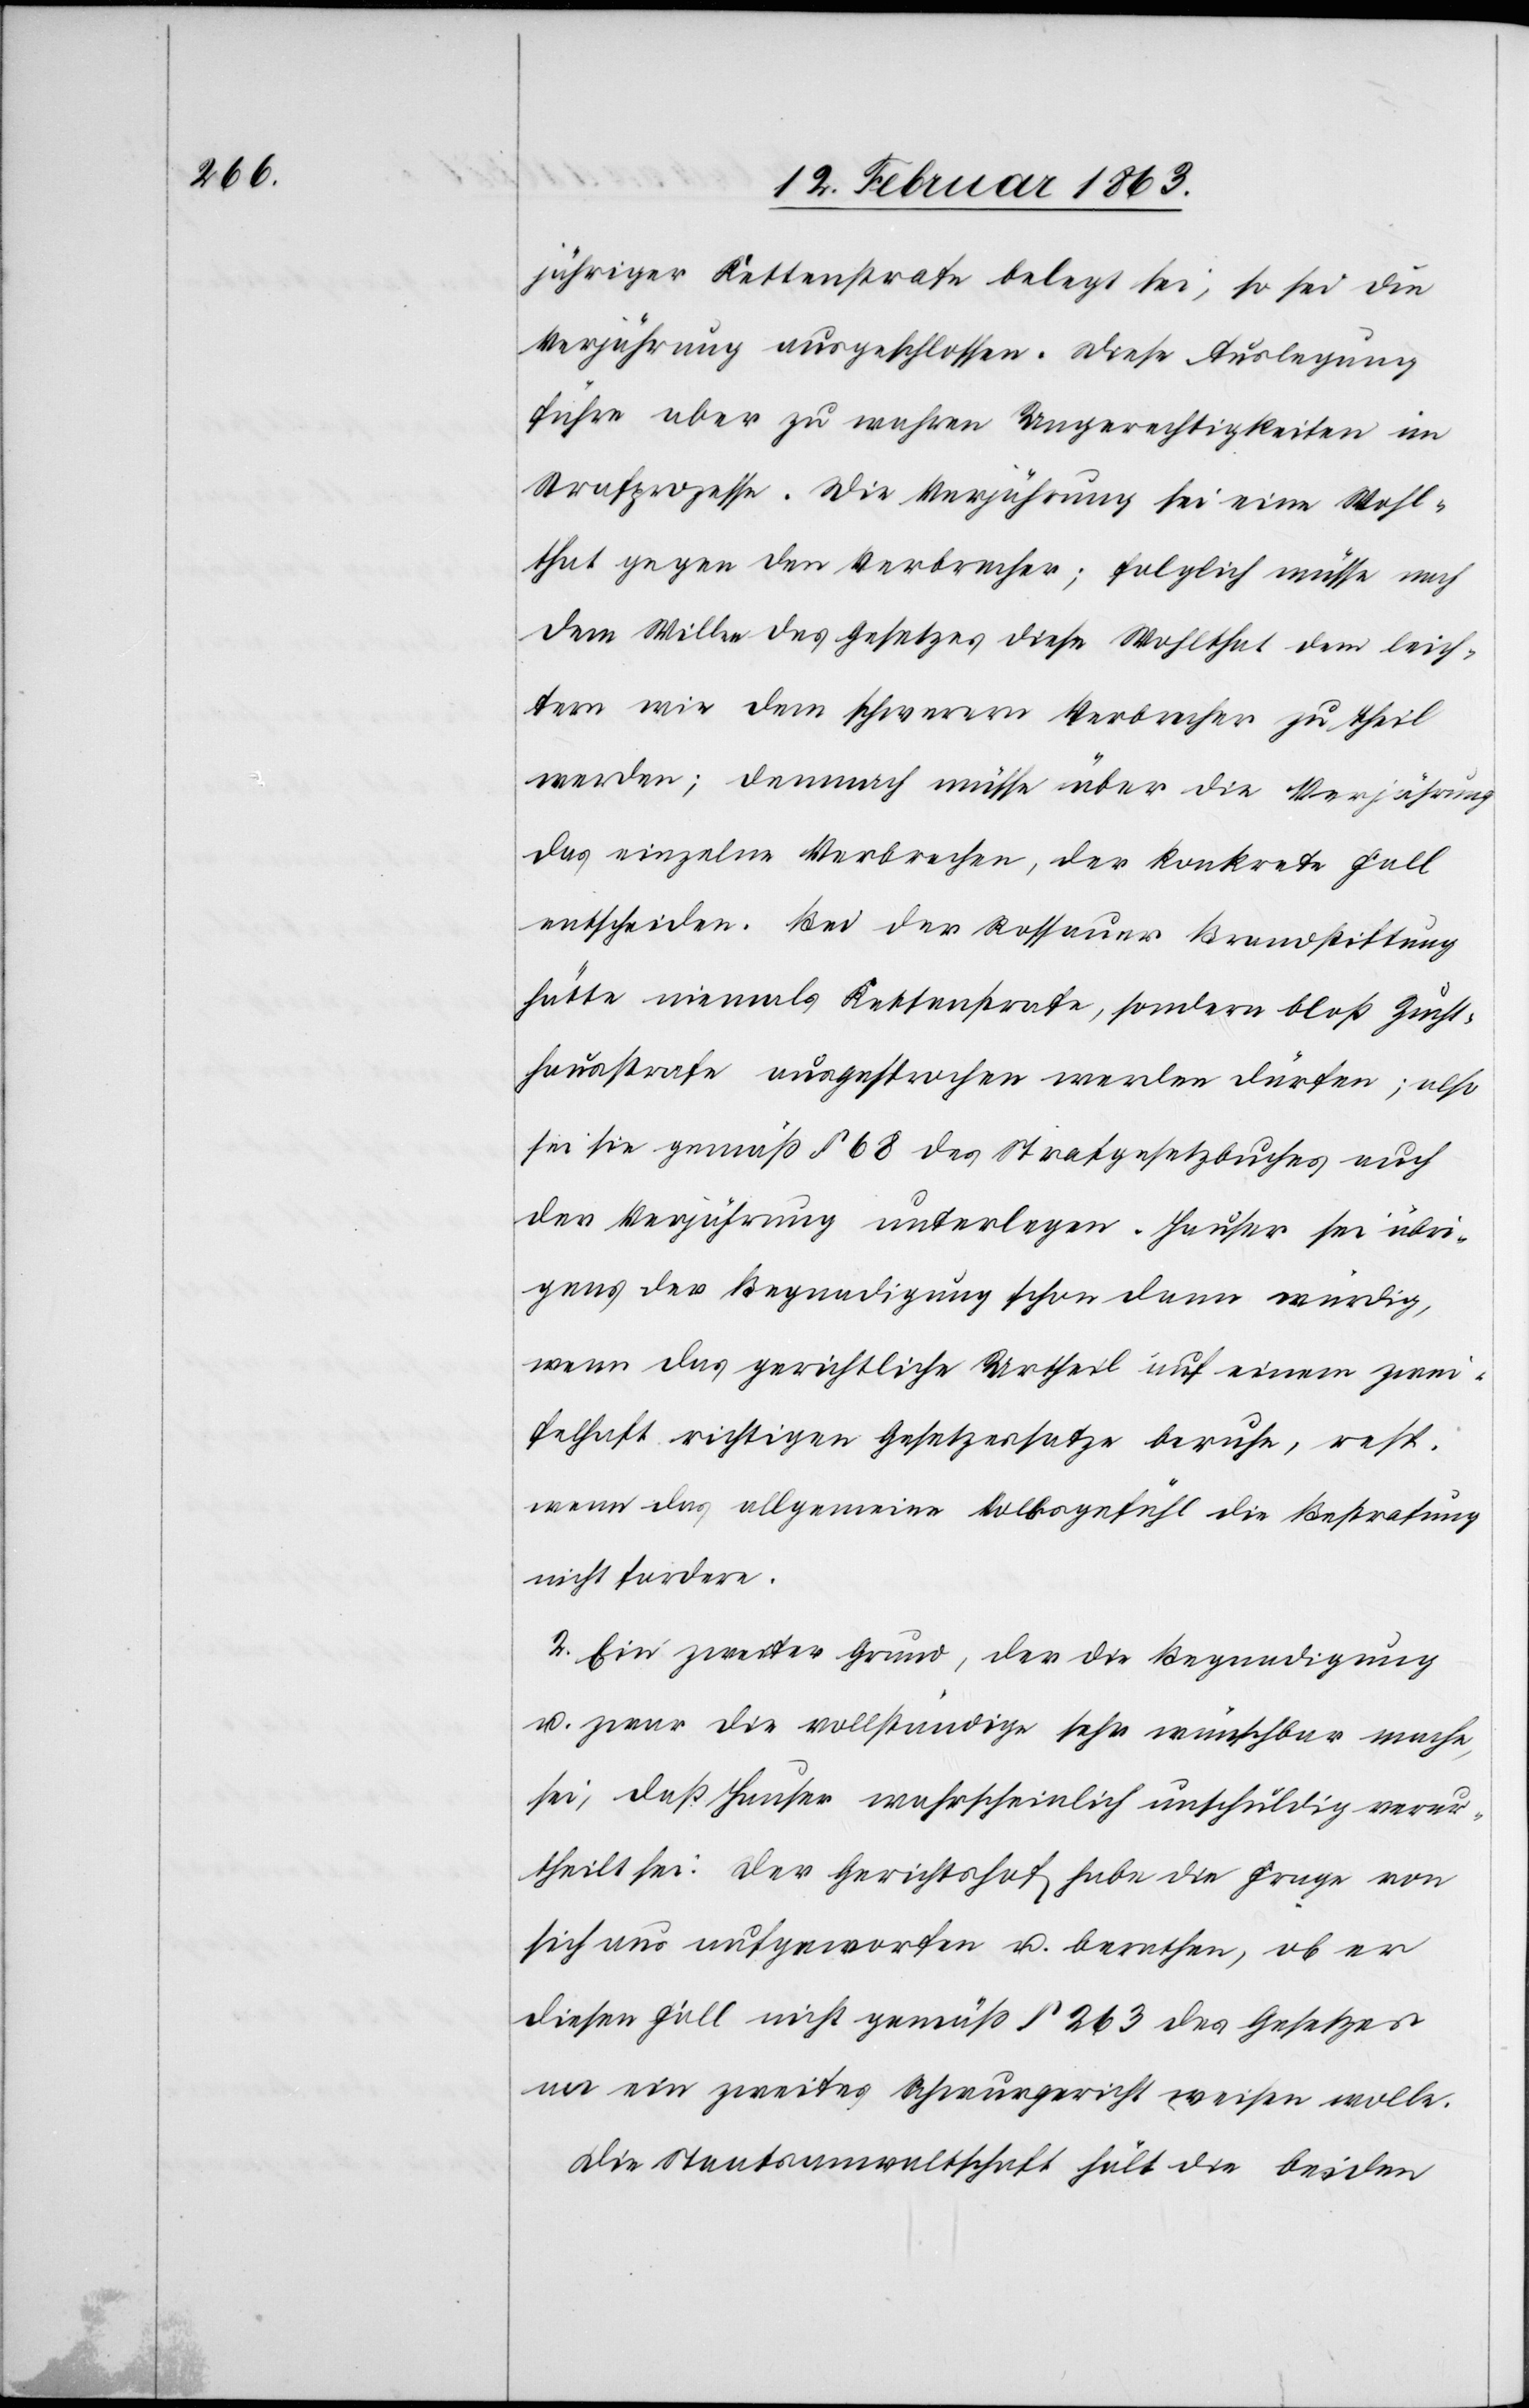
jähriger Kettenstrafe belegt sei, so sei die
Verjährung ausgeschlossen. Diese Auslegung
führe aber zu wahren Ungerechtigkeiten im
Strafprozesse. Die Verjährung sei eine Wohl¬
that gegen den Verbrecher; folglich müsse nach
dem Willen des Gesetzes diese Wohlthat dem leich¬
tern wie dem schwerern Verbrecher zu Theil
werden; demnach müsse über die Verjährung
das einzelne Verbrechen, der konkrete Fall
entscheiden. Bei der Rossauer Brandstiftung
hätte niemals Kettenstrafe, sondern bloß Zucht¬
hausstrafe ausgesprochen werden dürfen; also
sei sie gemäß § 68 des Strafgesetzbuches auch
der Verjährung unterlegen. Hauser sei übri¬
gens der Begnadigung schon dann würdig,
wenn das gerichtliche Urtheil auf einem zwei¬
felhaft richtigen Gesetzessatze beruhe, resp.
wenn das allgemeine Volksgefühl die Bestrafung
nicht fordere.
2. Ein zweiter Grund, der die Begnadigung
u. zwar die vollständige sehr wünschbar mache,
sei, daß Hauser wahrscheinlich unschuldig verur¬
theilt sei: Der Gerichtshof habe die Frage von
sich aus aufgeworfen u. berathen, ob er
diesen Fall nicht gemäß § 263 des Gesetzes
an ein zweites Schwurgericht weisen wolle.
Die Staatsanwaltschaft hält die beiden